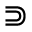
\Supset